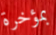
بمؤخرة